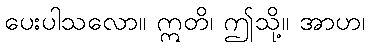
ပေးပါသလော။ ဣတိ၊ ဤသို့။ အာဟ၊